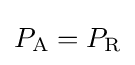
P_{\text{A}}=P_{\text{R}}